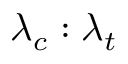
\lambda _ { c } : \lambda _ { t }